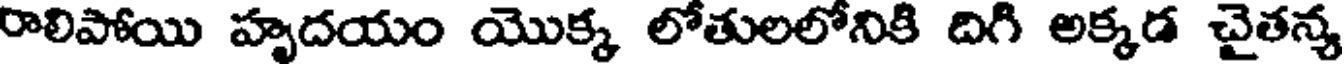
రాలిపోయి హృదయం యొక్క లోతులలోనికి దిగి అక్కడ చైతన్య